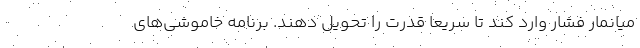
میانمار فشار وارد کند تا سریعا قدرت را تحویل دهند. برنامه خاموشی‌های